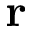
\mathbf { r }